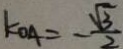
k _ { O A } = - \frac { \sqrt { 3 } } { 2 }